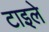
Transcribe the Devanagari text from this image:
टाइले